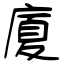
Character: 廈